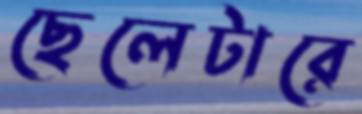
ছেলেটারে